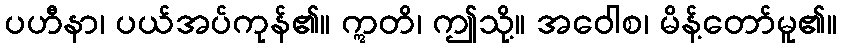
ပဟီနာ၊ ပယ်အပ်ကုန်၏။ ဣတိ၊ ဤသို့။ အဝေါစ၊ မိန့်တော်မူ၏။